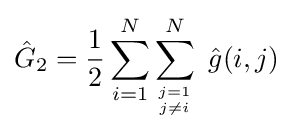
{\hat {G}}_{2}={\frac {1}{2}}\sum _{i=1}^{N}\sum _{{j=1} \atop {j\neq i}}^{N}\ {\hat {g}}(i,j)